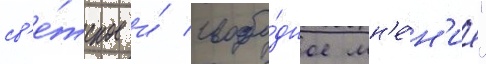
св'е́тское и́ свобо́дное мн'е́н'ие"